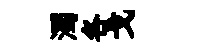
濁各戈